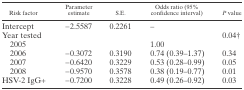
| Risk factor | Parameter estimate | S.E. | Odds ratio (95% confidence interval) | P value |
 | --- | --- | --- | --- | --- |
 | Intercept | −2.5587 | 0.2261 | – |  |
 | Year tested |  |  |  | 0.04† |
 | 2005 |  |  | 1.00 |  |
 | 2006 | −0.3072 | 0.3190 | 0.74 (0.39–1.37) | 0.34 |
 | 2007 | −0.6420 | 0.3229 | 0.53 (0.28–0.99) | 0.05 |
 | 2008 | −0.9570 | 0.3578 | 0.38 (0.19–0.77) | 0.01 |
 | HSV-2 IgG+ | −0.7200 | 0.3228 | 0.49 (0.26–0.92) | 0.03 |